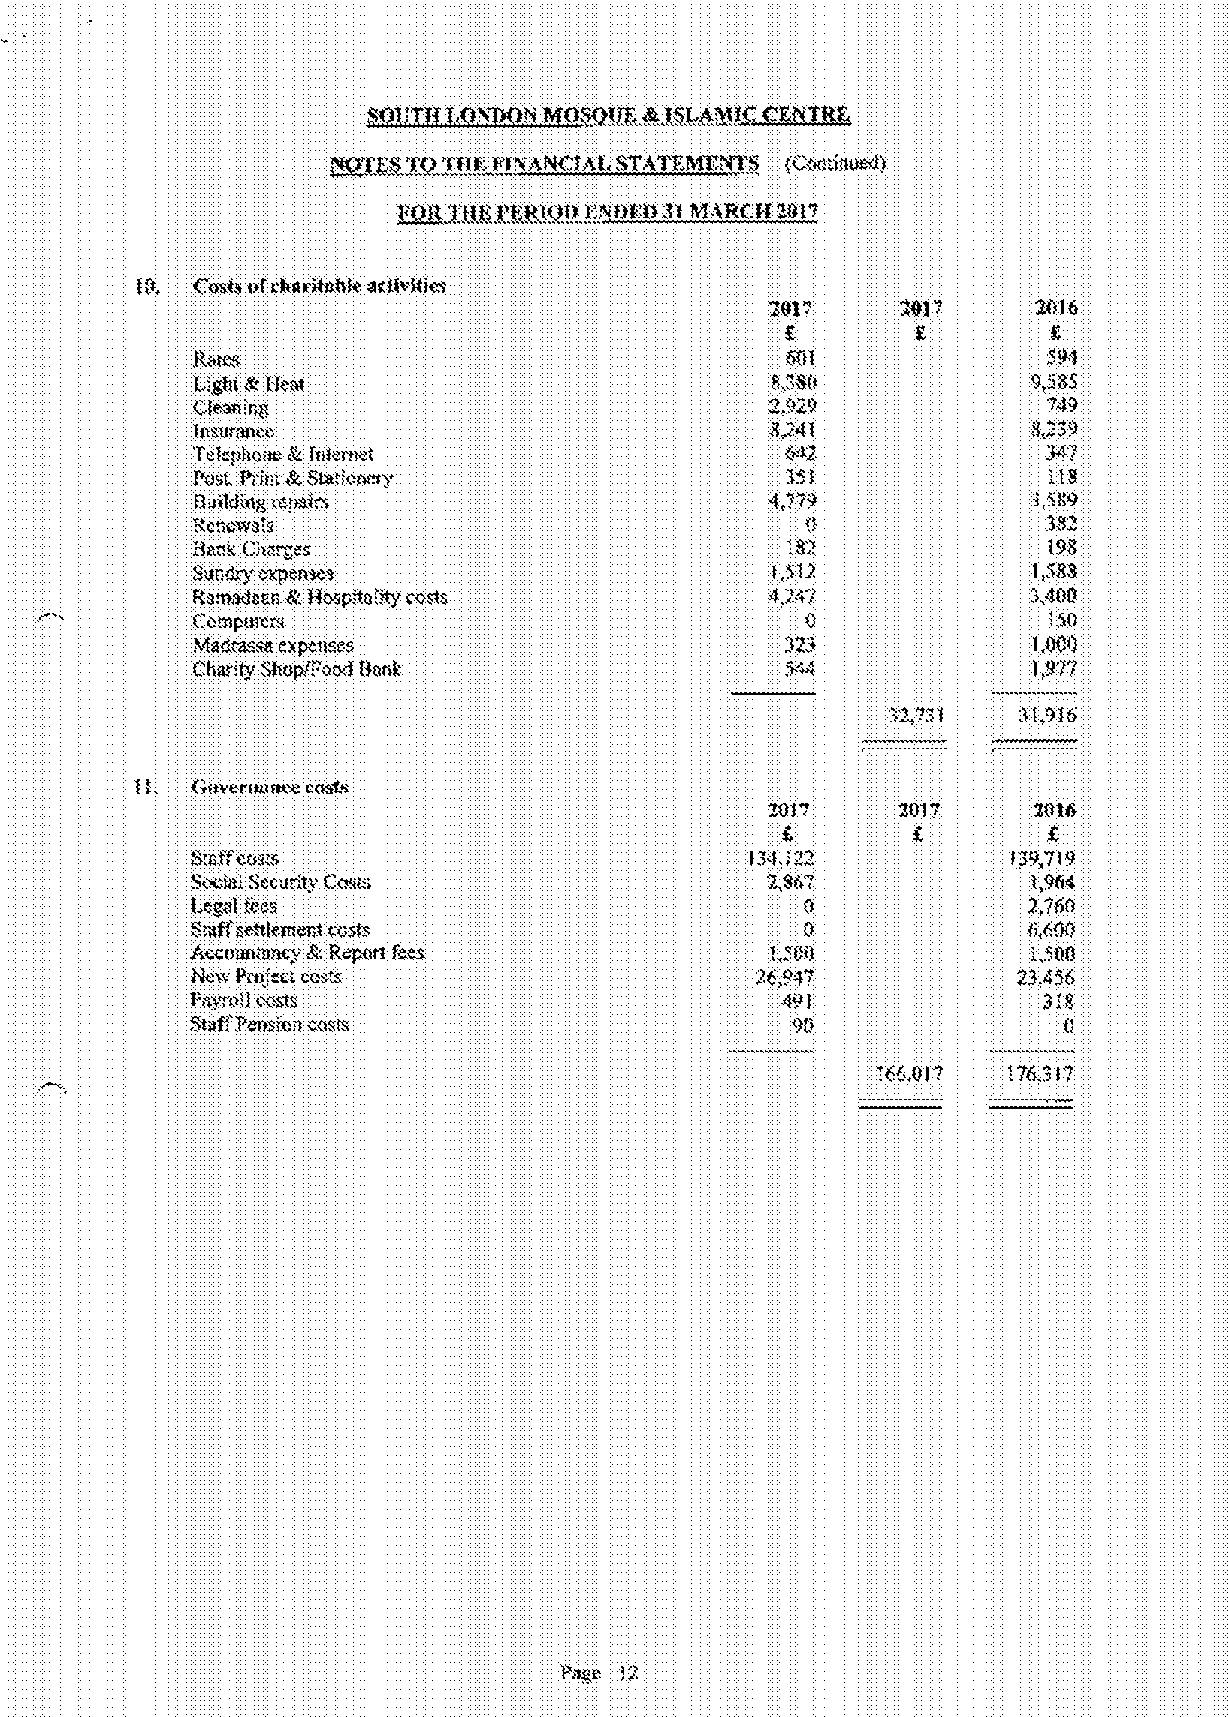
»8(3g~ T43n(p pfsfA(tk".fM, ST(t'fKM1',NT8 (Coatlftvsdf
 N3R Tfjxt PIER((3(3EsffN68( MAR@82819
 Costs pfoftttttffo(tfe set(ef(fos                         '
 2(f17            201
 Rstos                                  801
 1218((I8 Boot                         8„i80
 Qeott Irg
 "89
 (tt81V811CC                           8~84(            8,
 Te!pho:ttt t0 Ittfer.let               f«Q              3tt7
 191st,PA re SIS",footsy                181
 ffsjfdotg orrlo(CS                    4 779
 182
 RearOWS;8
 ;82              198
 8on~g +gooses                         (,$(2            I,888
 "4"
 f(8'%3d880 8:Hospita;Q' sos(8         4                3,408
 f.tlmptt(CW                             0
 Pifs»m«ss cap".ttscs                                   1,000
 ('.:Itttrity 8(taptl:"oad Book
 r
 1,9T/
 !f.
 4&ttvel'ftottee costs
 201"             20'k6
 Rrspifctrsrs                         l.i.fii'12       I8pr7I9
 SN'st' rccoBtv Ccsss                  2,8(17           t,964
 (. 88(tf (pcs                           0              2,7613
 8@ffse,tfement cosh                     0              fi,8N)
 ACCtoitfltar~ tet'. ROPOtf feeS        8(ill            ,.".,0(f
 ffeW ftttt",,'SCSCost&               2$o87            'L8.456
 pslsol Icosts                          491              818
 8tsfl TOMiorl cos(8                    '30i              (t
 !
 r8rs0f l 76,9I7